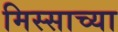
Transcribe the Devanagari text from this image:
मिस्साच्या